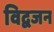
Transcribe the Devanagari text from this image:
विद्वजन